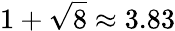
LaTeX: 1+\sqrt{8}\approx 3.83